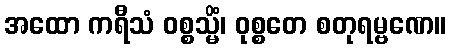
အထော ကရီသံ ဝစ္စသ္မိံ၊ ဝုစ္စတေ စတုရမ္ဗဏေ။